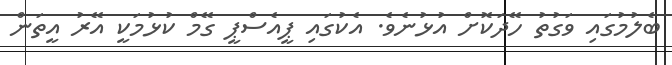
ބެލުމުގައި ވަގުތު ހޭދަކޮށް އުޅުނެވެ. އެކުގައި ޕީއެސްޕީ ގޭޭމް ކުޅުމަކީ އޭރު އީތަން